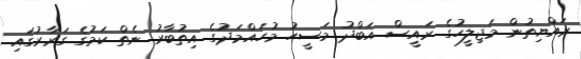
ރައްޔިތުން މަޖިލީހުގެ ރައީސް އަބްދު މަސީހު މުހައްމަދުގެ އިތުބާރު ނެތް ކަމުގެ ގަރާރުގައި